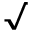
\surd